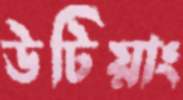
উটিয়াং